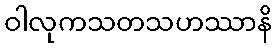
ဝါလုကသတသဟဿာနိ